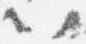
以